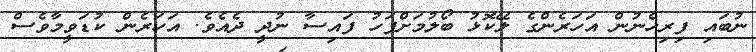
ނުބައި ފިރިހެނުން އަހަރެންގެ ލޭކޮޅު ބޯލުމަށްފަހު ފައިސާ ނުދީ ދެއެވެ. އަހަރެން ކުޑަވީމާވެސް